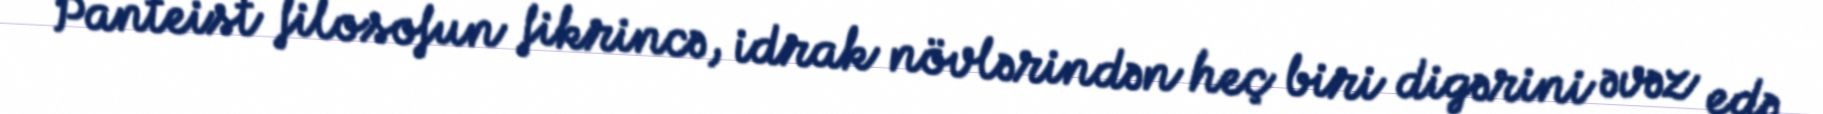
Panteist filosofun fikrincə, idrak növlərindən heç biri digərini əvəz edə